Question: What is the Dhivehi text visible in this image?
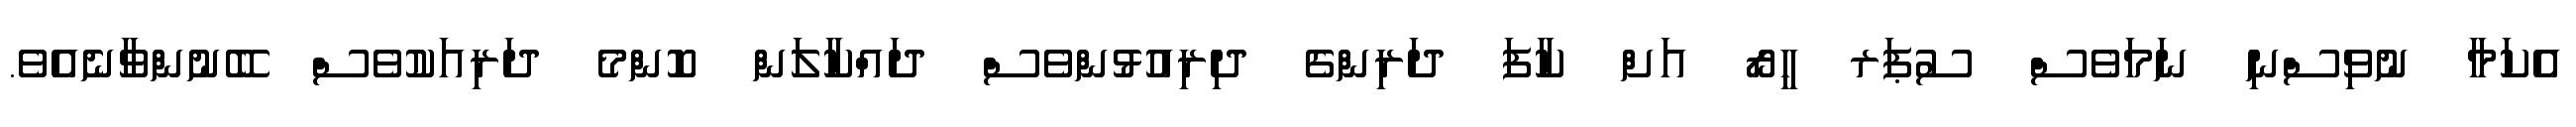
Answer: އެކަމާ ނުވިސްނި ނަމަވެސް ސުޕަރ ހީރޯ އަށް ކާފަ ދަރިންގެ ދިރިއުޅުންވެސް ދައްކާލަން ކޮންމެ ދަރިއަކުވެސް ބޭނުންވާނެއެވެ.